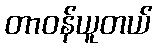
တာဝန်ယူတယ်